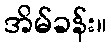
အိမ်ခန်း။